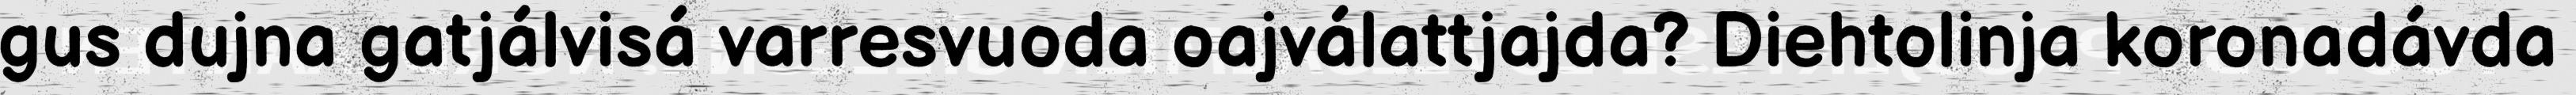
gus dujna gatjálvisá varresvuoda oajválattjajda? Diehtolinja koronadávda